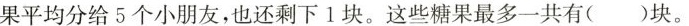
果平均分给5个小朋友，也还剩下1块。这些糖果最多一共有()块。